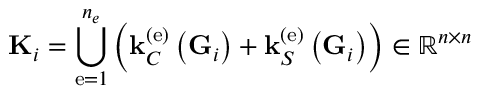
{ \bf K } _ { i } = \bigcup _ { \mathrm { e } = 1 } ^ { n _ { e } } \left( { \bf k } _ { C } ^ { \left( \mathrm { e } \right) } \left( { \bf G } _ { i } \right) + { \bf k } _ { S } ^ { \left( \mathrm { e } \right) } \left( { \bf G } _ { i } \right) \right) \in \mathbb { R } ^ { n \times n }